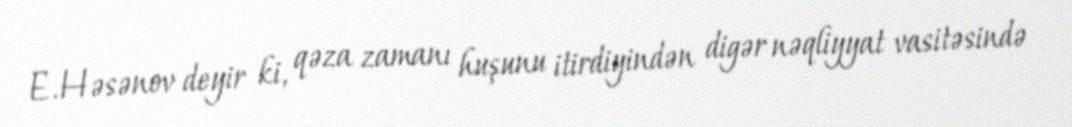
E.Həsənov deyir ki, qəza zamanı huşunu itirdiyindən digər nəqliyyat vasitəsində